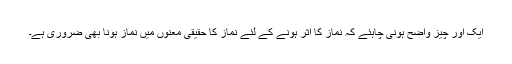
ایک اور چیز واضح ہونی چاہئے کہ نماز کا اثر ہونے کے لئے نماز کا حقیقی معنوں میں نماز ہونا بھی ضروری ہے۔